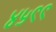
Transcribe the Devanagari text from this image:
४५९९